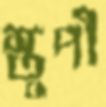
স্তূপী